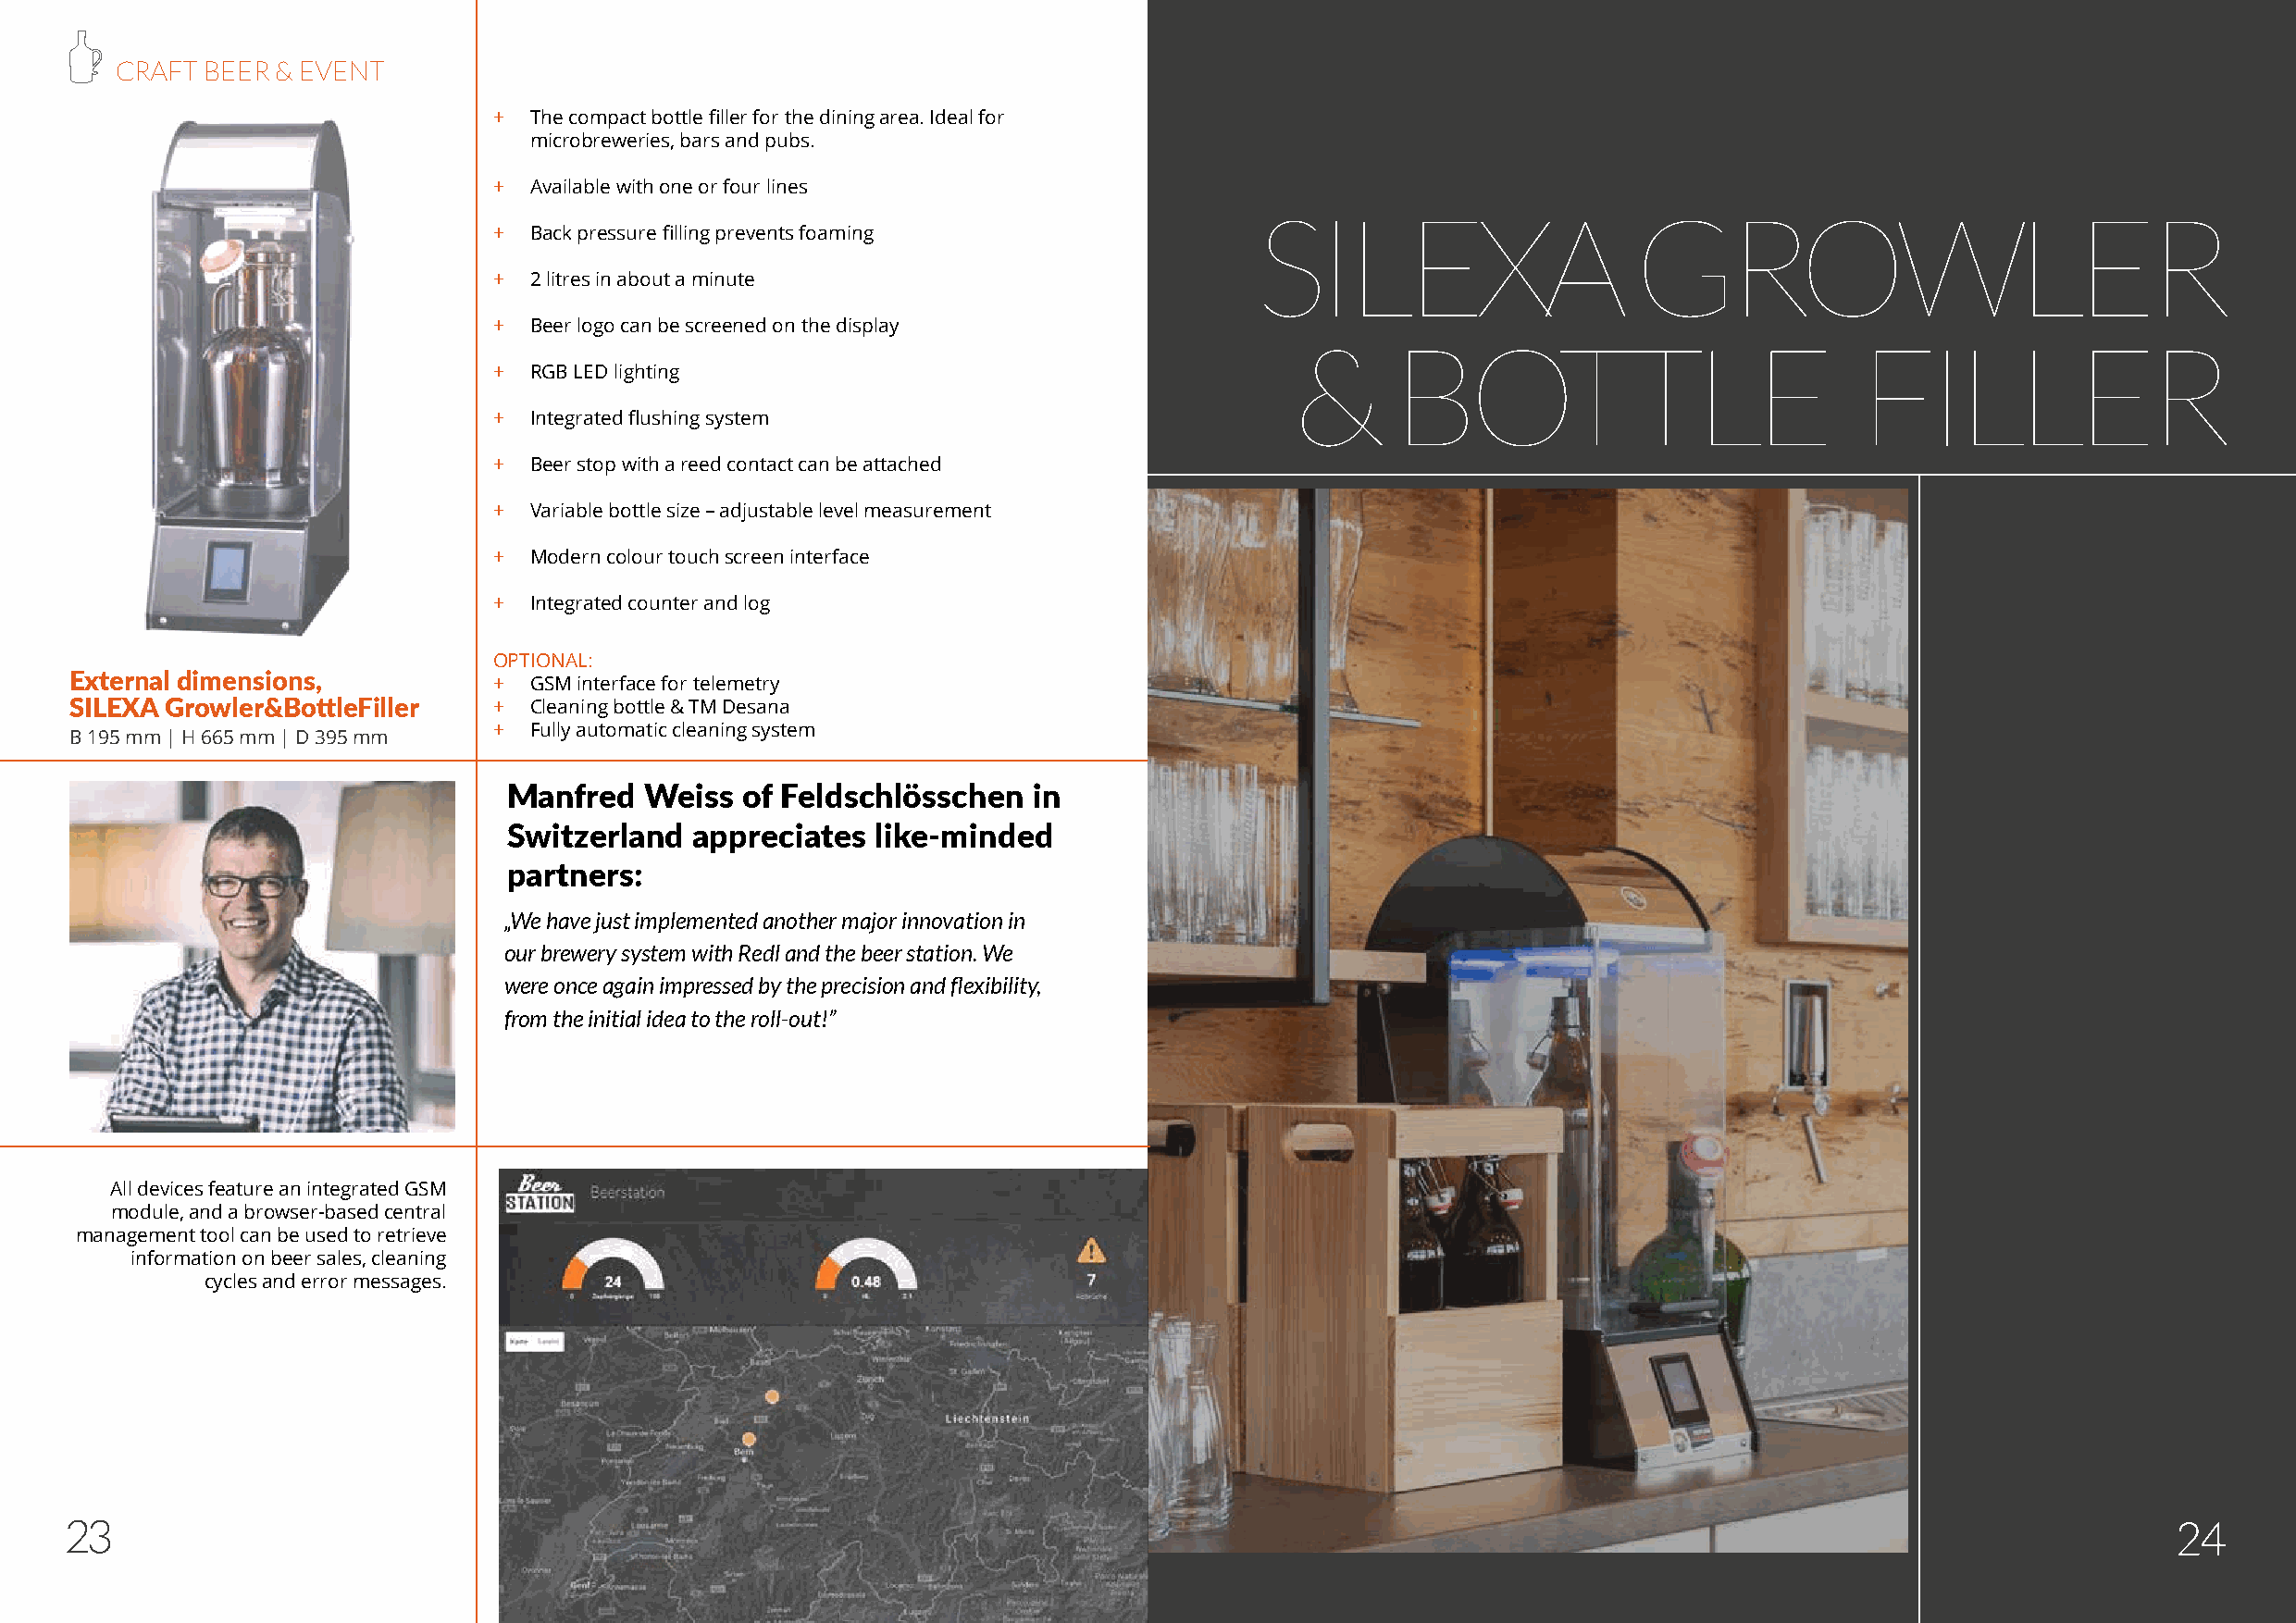
CRAFT  BEER & EVENT
 +  The compact bottle filler for the dining area. Ideal for
 microbreweries, bars and pubs.
 +  Available with one or four lines
 SILEXA                     GROWLER
 +  Back pressure filling prevents foaming
 +  2 litres in about a minute
 +  Beer logo can be screened on the display
 &      BOTTLE                           FILLER
 +  RGB LED lighting
 +  Integrated flushing system
 +  Beer stop with a reed contact can be attached
 +  Variable bottle size – adjustable level measurement
 +  Modern colour touch screen interface
 +  Integrated counter and log
 OPTIONAL:
 External dimensions,          +  GSM interface for telemetry
 SILEXA Growler&BottleFiller   +  Cleaning bottle & TM Desana
 +  Fully automatic cleaning system
 B 195 mm | H 665 mm | D 395 mm
 Manfred   Weiss  of Feldschlösschen   in
 Switzerland   appreciates  like-minded
 partners:
 „We have just implemented another major innovation in
 our brewery system with Redl and the beer station. We
 were once again impressed by the precision and flexibility,
 from the initial idea to the roll-out!”
 All devices feature an integrated GSM
 module, and a browser-based central
 management tool can be used to retrieve
 information on beer sales, cleaning
 cycles and error messages.
 23                                                                                                                                                     2245